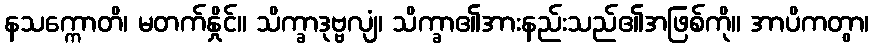
နသက္ကောတိ၊ မတက်နှိုင်။ သိက္ခာဒုဗ္ဗလျံ၊ သိက္ခာ၏အားနည်းသည်၏အဖြစ်ကို။ အာပိကတွာ၊